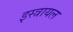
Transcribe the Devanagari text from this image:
इस्त्रायल